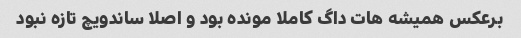
برعکس همیشه هات داگ کاملا مونده بود و اصلا ساندویچ تازه نبود